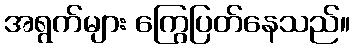
အရွက်များ ကြွေပြတ်နေသည်။